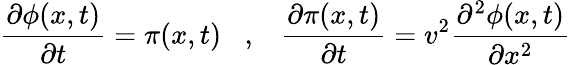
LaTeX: \frac{\partial\phi(x,t)}{\partial t}=\pi(x,t)\; \; \; ,\; \; \; \frac{\partial\pi(x,t)}{\partial t}=v^{2}\frac{\partial^{2}\phi(x,t)}{\partial x^{2}}